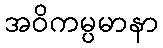
အဝိကမ္ပမာနာ